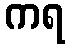
ကရ